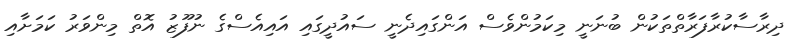
ދިރާސާކުރާފަރާތްތަކުން ބުނަނީ މިކަމުންވެސް އަންގައިދެނީ ސައުދީގައި އައިއެސްގެ ނުފޫޒު އޮތް މިންވަރު ކަމަށާއި